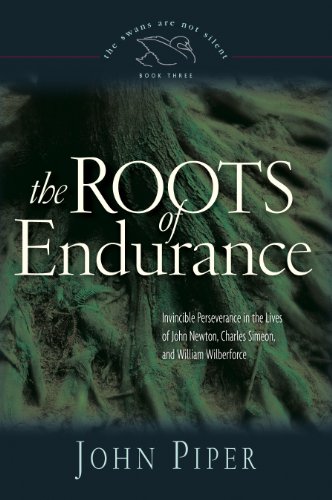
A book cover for The Roots of Endurance: Invincible Perseverance in the Lives of John Newton, Charles Simeon, and William Wilberforce (The Swans Are Not Silent); John Piper; Christian Books & Bibles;